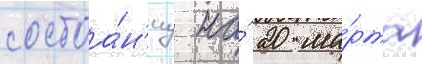
состоа́н'иу на́ 20 ма́рта